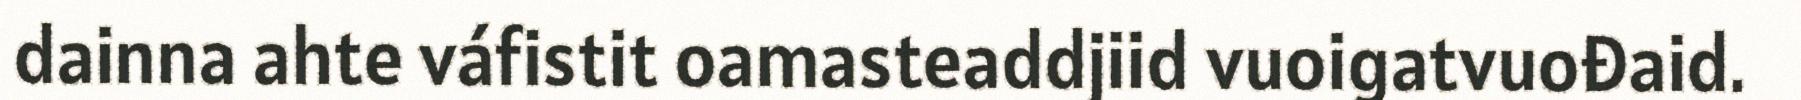
dainna ahte váfistit oamasteaddjiid vuoigatvuođaid.